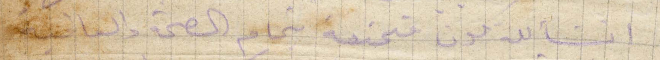
اشنالله تكون متمتعة بتمام الصاحة والعافية